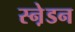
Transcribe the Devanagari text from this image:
स्ने़डन